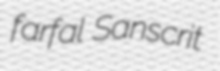
farfal Sanscrit